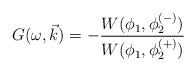
LaTeX: \begin{align*}G(\omega ,\vec{k})=-\frac{W(\phi _{1},\phi _{2}^{(-)})}{W(\phi _{1},\phi_{2}^{(+)})}\end{align*}